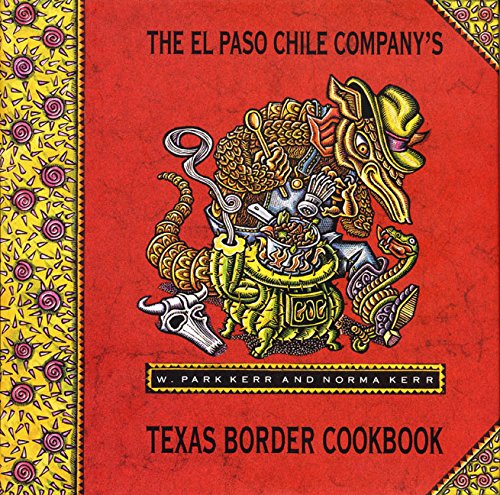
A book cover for El Paso Chile Company's Texas Border Cookbook; W. Park Kerr; Cookbooks, Food & Wine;